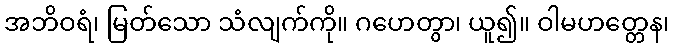
အဘိဝရံ၊ မြတ်သော သံလျက်ကို။ ဂဟေတွာ၊ ယူ၍။ ဝါမဟတ္တေန၊